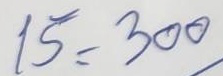
15 = 300